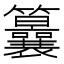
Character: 𥸒